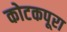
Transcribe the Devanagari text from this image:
कोटकपूरा